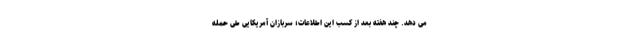
می دهد. چند هفته بعد از کسب این اطلاعات؛ سربازان آمریکایی طی حمله